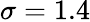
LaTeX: \sigma=1.4